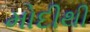
મોદીથી